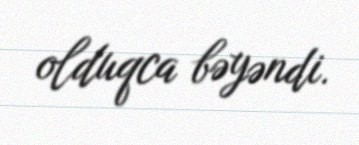
olduqca bəyəndi.